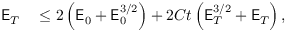
\begin{array} { r l } { \mathsf { E } _ { T } } & { { } \leq 2 \left( \mathsf { E } _ { 0 } + \mathsf { E } _ { 0 } ^ { 3 / 2 } \right) + 2 C t \left( \mathsf { E } _ { T } ^ { 3 / 2 } + \mathsf { E } _ { T } \right) , } \end{array}